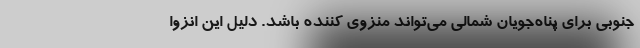
جنوبی برای پناه‌جویان شمالی می‌تواند منزوی کننده باشد. دلیل این انزوا